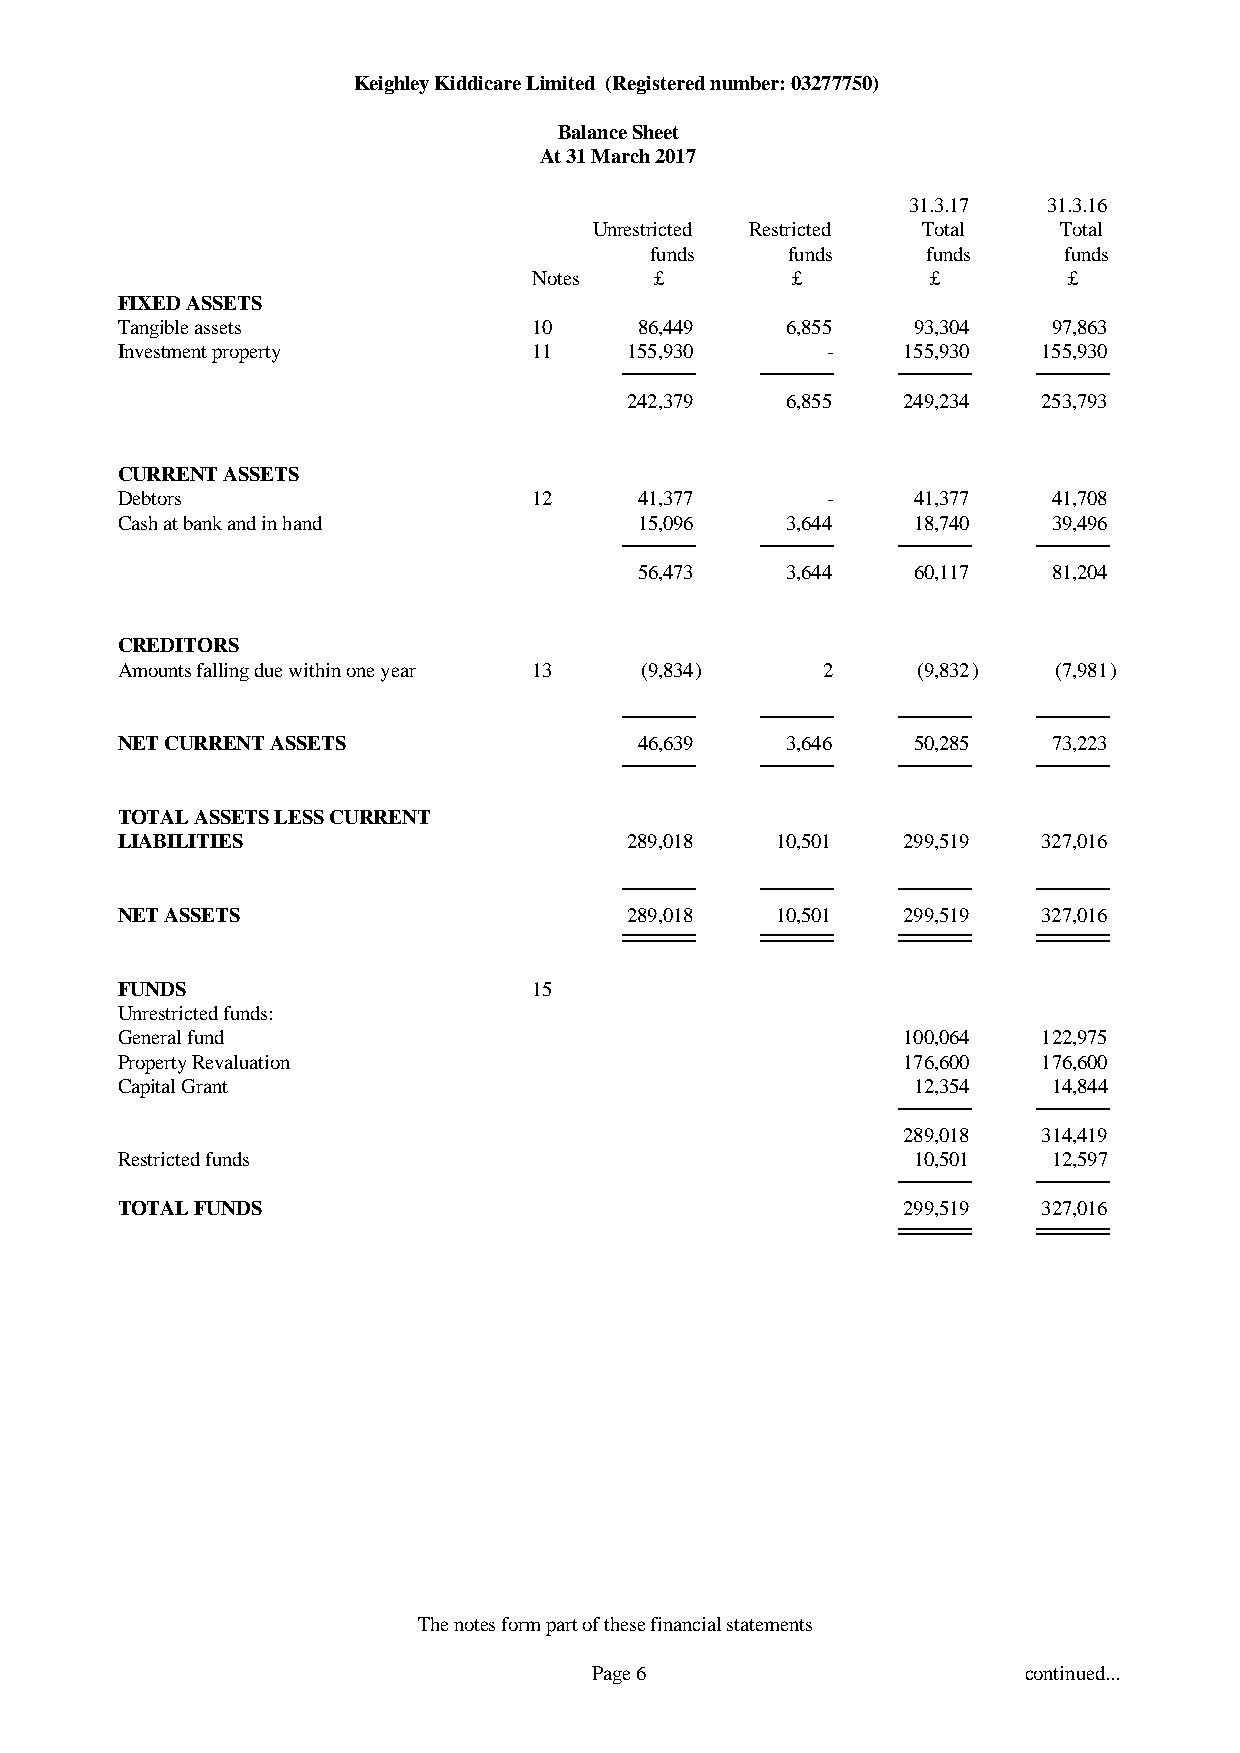
Keighley Kiddicare Limited (Registered number: 03277750)
 Balance Sheet
 At 31 March 2017
 31.3.17  31.3.16
 Unrestricted Restricted Total  Total
 funds    funds    funds    funds
 Notes   £        £         £        £
 FIXED ASSETS
 Tangible assets            10     86,449    6,855   93,304    97,863
 Investment property        11     155,930      -    155,930  155,930
 242,379   6,855   249,234  253,793
 CURRENT ASSETS
 Debtors                    12     41,377       -    41,377    41,708
 Cash at bank and in hand          15,096    3,644   18,740    39,496
 56,473    3,644   60,117    81,204
 CREDITORS
 Amounts falling due within one year 13 (9,834) 2     (9,832)  (7,981)
 NET CURRENT ASSETS                46,639    3,646   50,285    73,223
 TOTAL ASSETS LESS CURRENT
 LIABILITIES                       289,018  10,501   299,519  327,016
 NET ASSETS                        289,018  10,501   299,519  327,016
 FUNDS                      15
 Unrestricted funds:
 General fund                                        100,064  122,975
 Property Revaluation                                176,600  176,600
 Capital Grant                                       12,354    14,844
 289,018  314,419
 Restricted funds                                    10,501    12,597
 TOTAL FUNDS                                         299,519  327,016
 The notes form part of these financial statements
 Page 6                       continued...